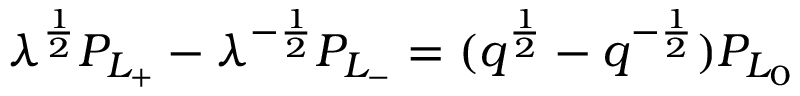
\lambda ^ { \frac { 1 } { 2 } } P _ { L _ { + } } - \lambda ^ { - { \frac { 1 } { 2 } } } P _ { L _ { - } } = ( q ^ { \frac { 1 } { 2 } } - q ^ { - { \frac { 1 } { 2 } } } ) P _ { L _ { 0 } }